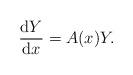
LaTeX: \begin{gather*}\frac{{\rm d}Y}{{\rm d}x}=A(x)Y.\end{gather*}